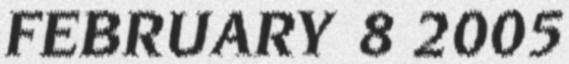
FEBRUARY 8 2005